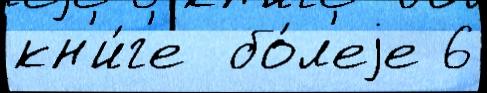
кн'и́г'е  бо́л'еjе 6